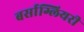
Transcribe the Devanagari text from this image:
बर्साग्लियरी